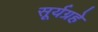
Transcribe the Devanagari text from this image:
सूर्यग्रहे